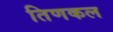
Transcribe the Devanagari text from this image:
तिणकल